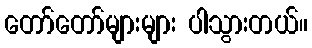
တော်တော်များများ ပါသွားတယ်။